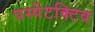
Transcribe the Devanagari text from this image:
पर्स्पेटक्टिव